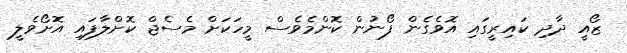
ޒޯއީ ދާދި ކައިރީގައި އޮވެގެން ފޯނުން ކޮންމެވެސް މީހަކަށް މެސެޖް ކޮށްލާފައި އޮށޯވެލީ